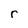
Character: r